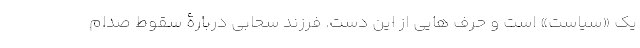
یک «سیاست» است و حرف هایی از این دست. فرزند سحابی دربارۀ سقوط صدام